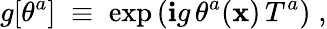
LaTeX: g[\theta^{a}]\; \equiv\; \exp\left(\mathbf{i}g\, \theta^{a}(\mathbf{x})\, T^{a}\right)\; ,